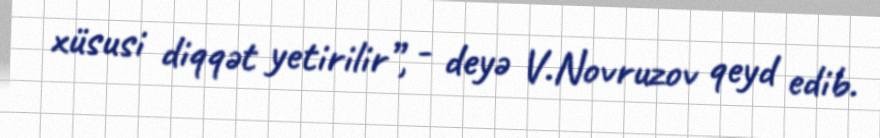
xüsusi diqqət yetirilir”, - deyə V.Novruzov qeyd edib.